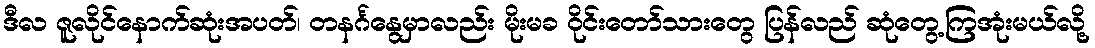
ဒီလ ဇူလိုင်နောက်ဆုံးအပတ်၊ တနင်္ဂနွေမှာလည်း မိုးမခ ဝိုင်းတော်သားတွေ ပြန်လည် ဆုံတွေ့ကြအုံးမယ်လို့